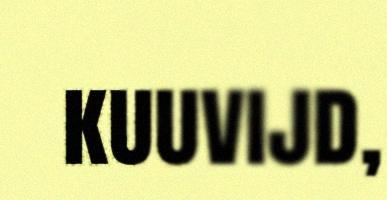
kuuvijd,